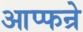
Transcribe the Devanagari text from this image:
आप्फन्रे